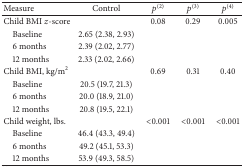
| Measure | Control | p(2) | p(3) | p(4) |
 | --- | --- | --- | --- | --- |
 | Child BMI z-score |  | 0.08 | 0.29 | 0.005 |
 | Baseline | 2.65 (2.38, 2.93) |  |  |  |
 | 6 months | 2.39 (2.02, 2.77) |  |  |  |
 | 12 months | 2.33 (2.02, 2.66) |  |  |  |
 | Child BMI, kg/m2 |  | 0.69 | 0.31 | 0.40 |
 | Baseline | 20.5 (19.7, 21.3) |  |  |  |
 | 6 months | 20.0 (18.9, 21.0) |  |  |  |
 | 12 months | 20.8 (19.5, 22.1) |  |  |  |
 | Child weight, lbs. |  | <0.001 | <0.001 | <0.001 |
 | Baseline | 46.4 (43.3, 49.4) |  |  |  |
 | 6 months | 49.2 (45.1, 53.3) |  |  |  |
 | 12 months | 53.9 (49.3, 58.5) |  |  |  |